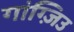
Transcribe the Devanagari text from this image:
गांग्ज़िउ